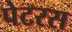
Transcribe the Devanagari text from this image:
पेटरस